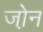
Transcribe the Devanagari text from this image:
जो़न